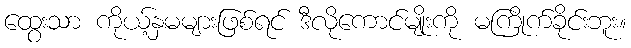
ထွေးသာ ကိုယ့်နှမများဖြစ်ရင် ဒီလိုကောင်မျိုးကို မကြိုက်ခိုင်းဘူး။